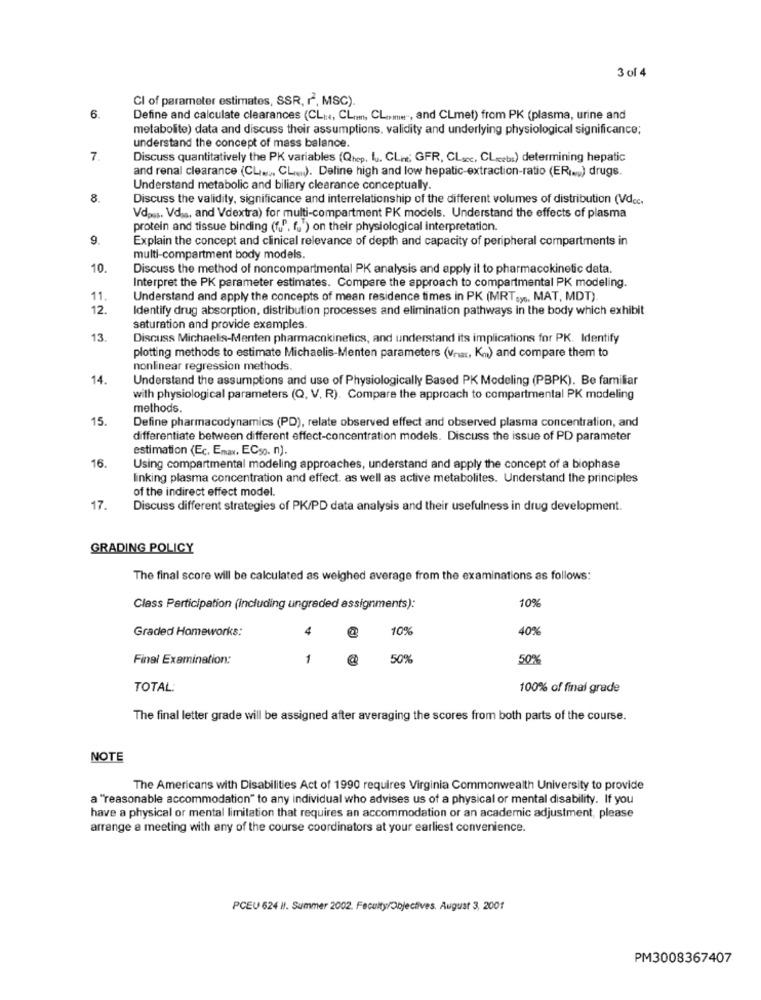
3 of 4
CI of parameter estimates, SSR, r, MSC).
6.
Define and calculate clearances (CL .: +, CL ..., CL ... ", and CLmet) from PK (plasma, urine and
metabolite) data and discuss their assumptions, validity and underlying physiological significance;
understand the concept of mass balance.
7.
Discuss quantitatively the PK variables (Qhep, lu. CLn; GFR, CL ..., CL.eb:) determining hepatic
and renal clearance (CL ... CL .. ). Deline high and low hepatic-extraction-ratio (ERi .. ) drugs.
Understand metabolic and biliary clearance conceptually.
8.
Discuss the validity, significance and interrelationship of the different volumes of distribution (Vdcc.
Vdass. Vds, and Vdextra) for multi-compartment PK models. Understand the effects of plasma
protein and tissue binding (f1". f. ) on their physiological interpretation.
9.
Explain the concept and clinical relevance of depth and capacity of peripheral compartments in
multi-compartment body models.
10.
Discuss the method of noncompartmental PK analysis and apply it to pharmacokinetic data.
Interpret the PK parameter estimates. Compare the approach to compartmental PK modeling.
11.
Understand and apply the concepts of mean residence times in PK (MRT.y ., MAT, MDT).
12.
Identify drug absorption, distribution processes and elimination pathways in the body which exhibit
saturation and provide examples.
13
Discuss Michaelis-Menten pharmacokinetics, and understand its implications for PK. Identify
plotting methods to estimate Michaelis-Menten parameters (Vnar, Km) and compare them to
nonlinear regression methods.
14.
Understand the assumptions and use of Physiologically Based PK Modeling (PBPK). Be familiar
with physiological parameters (Q, V, R). Compare the approach to compartmental PK modeling
methods.
15.
Define pharmacodynamics (PD), relate observed effect and observed plasma concentration, and
differentiate between different effect-concentration models. Discuss the issue of PD parameter
estimation (Ec, Emax, ECso. n).
16.
Using compartmental modeling approaches, understand and apply the concept of a biophase
linking plasma concentration and effect. as well as active metabolites. Understand the principles
of the indirect effect model.
17.
Discuss different strategies of PK/PD data analysis and their usefulness in drug development.
GRADING POLICY
The final score will be calculated as weighed average from the examinations as follows:
10%
Class Participation (including ungraded assignments):
Graded Homeworks:
4
10%
40%
Final Examination:
1
50%
50%
TOTAL:
100% of final grade
The final letter grade will be assigned after averaging the scores from both parts of the course.
NOTE
The Americans with Disabilities Act of 1990 requires Virginia Commonwealth University to provide
a "reasonable accommodation" to any individual who advises us of a physical or mental disability. If you
have a physical or mental limitation that requires an accommodation or an academic adjustment, please
arrange a meeting with any of the course coordinators at your earliest convenience.
PCEU 624 Il. Summer 2002. Faculty/Objectives. August 3, 2001
PM3008367407